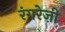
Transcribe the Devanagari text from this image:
रंगरेज़ी